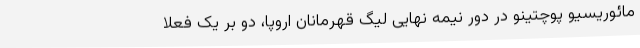
مائوریسیو پوچتینو در دور نیمه نهایی لیگ قهرمانان اروپا، دو بر یک فعلا